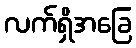
လက်ရှိအခြေ